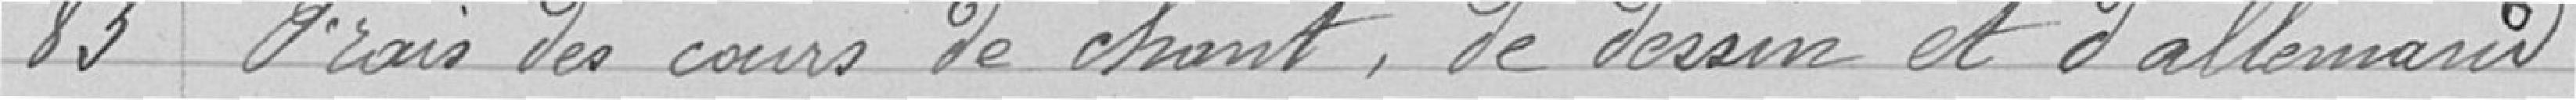
83 Frais de cours de chant, de dessin et d'allemand